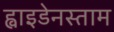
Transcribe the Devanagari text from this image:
ह्वाइडेनस्ताम